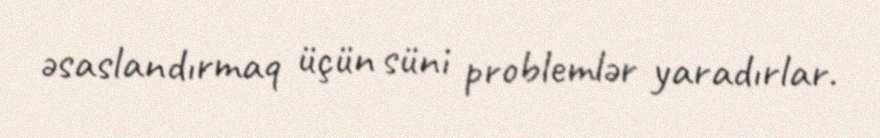
əsaslandırmaq üçün süni problemlər yaradırlar.